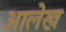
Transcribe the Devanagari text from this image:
अालेख